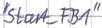
Text: "Start_FB1"